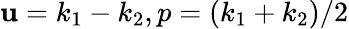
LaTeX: \mathbf{u}=k_{1}-k_{2},p=(k_{1}+k_{2})/2